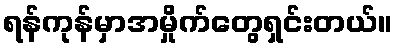
ရန်ကုန်မှာအမှိုက်တွေရှင်းတယ်။